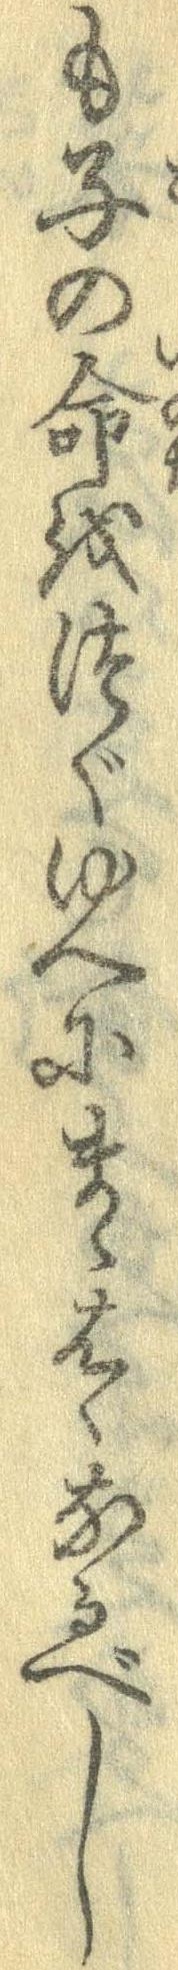
も子の命をつぐゆへにまゝはゝなるべし